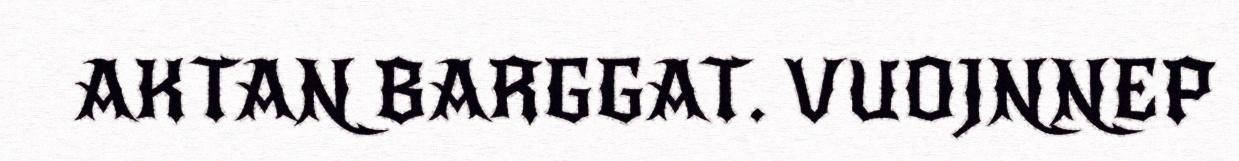
AKTAN BARGGAT. VUOJNNEP